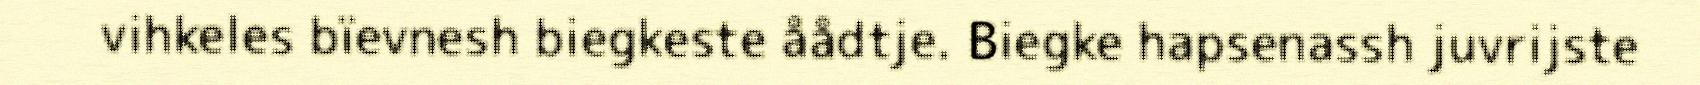
vihkeles bïevnesh biegkeste åådtje. Biegke hapsenassh juvrijste